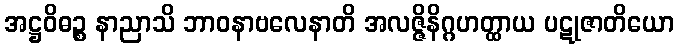
အဋ္ဌဝိဓဉ္စ နာညာသိ ဘာဝနာဗလေနာတိ အလဇ္ဇိနိဂ္ဂဟတ္ထာယ ပဋုဇာတိယော